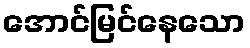
အောင်မြင်နေသော